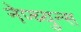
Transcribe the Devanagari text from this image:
नेप्च्युन्स